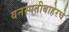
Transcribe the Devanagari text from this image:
वनस्पतीबाहेरचे